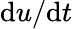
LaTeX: \mathrm{d}u/\mathrm{d}t